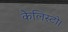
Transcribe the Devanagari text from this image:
कैलिस्टो।